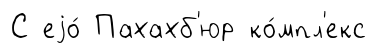
С еjо́ Пахахб'юр ко́мпл'екс